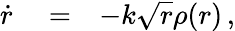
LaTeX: \begin{array}{rlr}{\dot{r}}&{{}=}&{-k\sqrt{r}\rho(r)\, ,}\end{array}